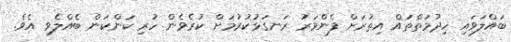
ބައްލަވައި ހިދުމަތްތައް އިތުރަށް ފެންވަރު ރަނގަޅުކުރުމަށް ކުރެވެން ހުރި ކަންކަން ބެއްލެވި އެވެ.